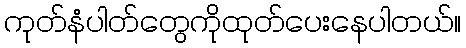
ကုတ်နံပါတ်တွေကိုထုတ်ပေးနေပါတယ်။